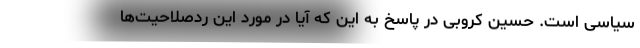
سیاسی است. حسین کروبی در پاسخ به این که آیا در مورد این ردصلاحیت‌ها